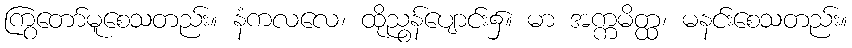
ကြွတော်မူစေသတည်း။ နံကလလေ၊ ထိုညွန်ပျောင်း၌။ မာ အက္ကမိတ္ထ၊ မနင်းစေသတည်း။